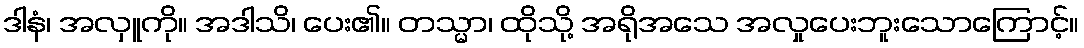
ဒါနံ၊ အလှူကို။ အဒါသိ၊ ပေး၏။ တသ္မာ၊ ထိုသို့ အရိုအသေ အလှုပေးဘူးသောကြောင့်။